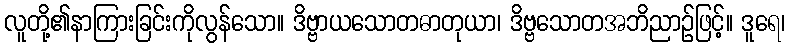
လူတို့၏နာကြားခြင်းကိုလွန်သော။ ဒိဗ္ဗာယသောတဓာတုယာ၊ ဒိဗ္ဗသောတအဘိညာဉ်ဖြင့်။ ဒူရေ၊